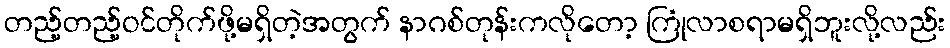
တည့်တည့်ဝင်တိုက်ဖို့မရှိတဲ့အတွက် နာဂစ်တုန်းကလိုတော့ ကြုံလာစရာမရှိဘူးလို့လည်း